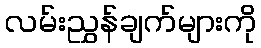
လမ်းညွှန်ချက်များကို